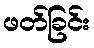
ဖတ်ခြင်း